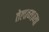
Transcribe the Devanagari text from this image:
तेलाच्याच्या